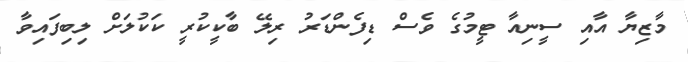
މާޒިޔާ އާއި ސީނިއާ ޓީމުގެ ވެސް ޑިފެންޑަރު ރިލޭ ބާކީކުރީ ކަކުލަށް ލިބިފައިވާ